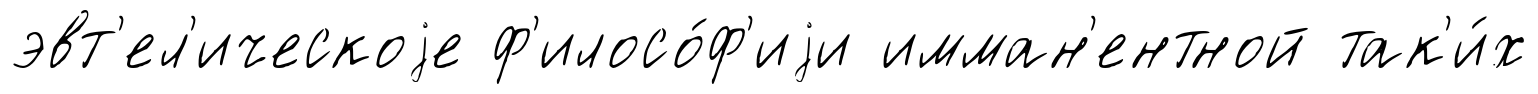
эвт'ел'ическоjе ф'илосо́ф'иjи имман'ентной так'и́х